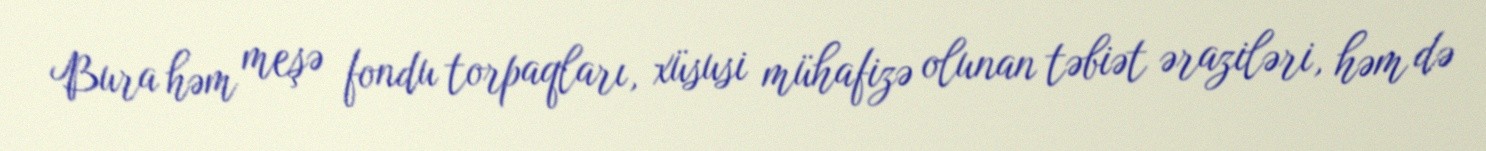
Bura həm meşə fondu torpaqları, xüsusi mühafizə olunan təbiət əraziləri, həm də